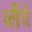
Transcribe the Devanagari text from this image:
ब्लैंचे